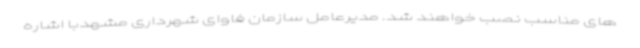
های مناسب نصب خواهند شد. مدیرعامل سازمان فاوای شهرداری مشهدبا اشاره